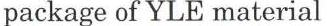
package of YLE material